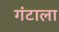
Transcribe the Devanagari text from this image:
गंटाला